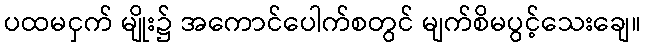
ပထမငှက် မျိုး၌ အကောင်ပေါက်စတွင် မျက်စိမပွင့်သေးချေ။